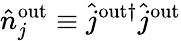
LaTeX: \hat{n}_{j}^{\mathrm{{out}}}\equiv\hat{j}^{\mathrm{{out}\dagger}}\hat{j}^{\mathrm{{out}}}